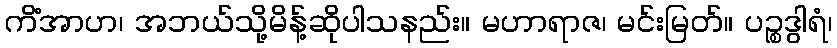
ကိံအာဟ၊ အဘယ်သို့မိန့်ဆိုပါသနည်း။ မဟာရာဇ၊ မင်းမြတ်။ ပဉ္စဒွါရံ၊